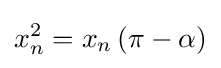
x_{n}^{2}=x_{n}\left(\pi -\alpha \right)